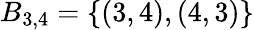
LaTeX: B_{3,4}=\{ (3,4),(4,3)\}